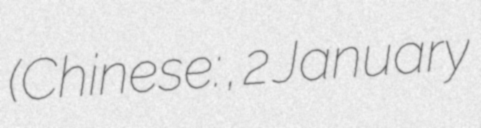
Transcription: (Chinese: 吳孟達, 2 January